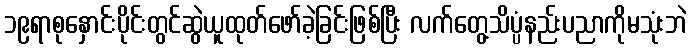
၁၉ရာစုနှောင်းပိုင်းတွင်ဆွဲယူထုတ်ဖော်ခဲ့ခြင်းဖြစ်ပြီး လက်တွေ့သိပ္ပံနည်းပညာကိုမသုံးဘဲ